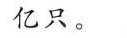
亿只。